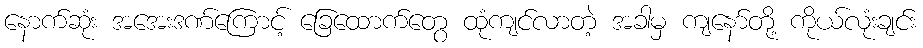
နောက်ဆုံး အအေးဒဏ်ကြောင့် ခြေထောက်တွေ ထုံကျင်လာတဲ့ အခါမှ ကျနော်တို့ ကိုယ်လုံးချင်း